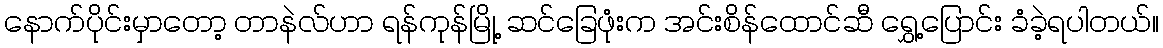
နောက်ပိုင်းမှာတော့ တာနဲလ်ဟာ ရန်ကုန်မြို့ ဆင်ခြေဖုံးက အင်းစိန်ထောင်ဆီ ရွှေ့ပြောင်း ခံခဲ့ရပါတယ်။